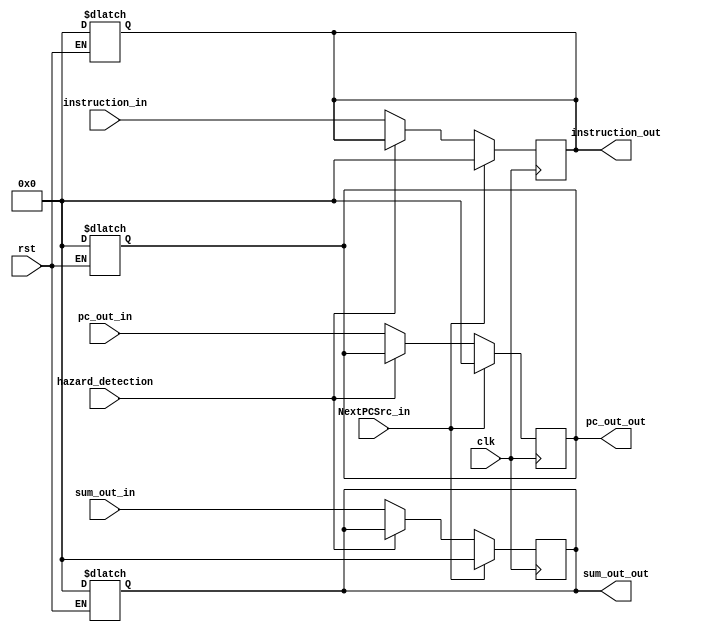
module ifid(
    input wire clk,
    input wire [31:0] instruction_in,
    input wire [31:0] pc_out_in,
    input wire [31:0] sum_out_in,
    input wire rst,
    input wire NextPCSrc_in,
    input wire hazard_detection,
    output reg [31:0] instruction_out,
    output reg [31:0] pc_out_out,
    output reg [31:0] sum_out_out
);

    always @ (rst) begin
        if (rst) begin
            instruction_out <= 0;
            pc_out_out <= 0;
            sum_out_out <= 0;
        end
    end

    always @ (posedge clk) begin
        if (NextPCSrc_in == 1'b1) begin
            instruction_out <= 0;
            pc_out_out <= 0;
            sum_out_out <= 0;
        end else if (hazard_detection == 1'b0) begin
            sum_out_out <= sum_out_in;
            pc_out_out <= pc_out_in;
            instruction_out <= instruction_in;
        end 
    end

endmodule